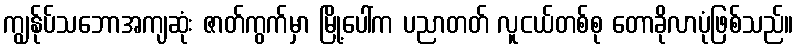
ကျွန်ုပ်သဘောအကျဆုံး ဇာတ်ကွက်မှာ မြို့ပေါ်က ပညာတတ် လူငယ်တစ်စု တောခိုလာပုံဖြစ်သည်။